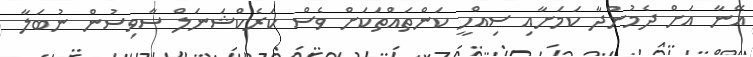
އޭނާ އަށް ދެމުންދާ ކަމަށާއި ސިއްހީ ކަންތައްތަކަށް ވެސް ކަރެކްޝަނަލް ސާވިސުން ނުބަލާ